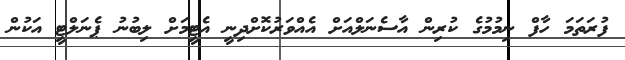
ފުރަތަމަ ހާފް ނިމުމުގެ ކުރިން އާސެނަލްއަށް އެއްވަރުކޮށްދިނީ އެޓީމަށް ލިބުނު ޕެނަލްޓީ އަކުން